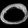
Digit: ၀